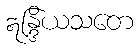
ဣန္ဒြိယသတေ